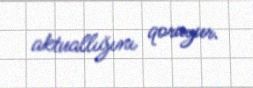
aktuallığını qoruyur.